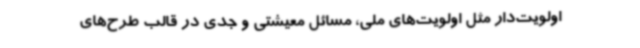
اولویت‌دار مثل اولویت‌های ملی، مسائل معیشتی و جدی در قالب طرح‌های